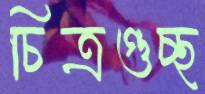
চিত্রগুচ্ছ